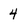
Character: 4